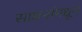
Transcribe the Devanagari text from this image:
साधनांमधून